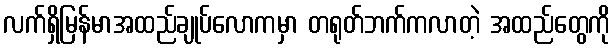
လက်ရှိမြန်မာအထည်ချုပ်လောကမှာ တရုတ်ဘက်ကလာတဲ့ အထည်တွေကို